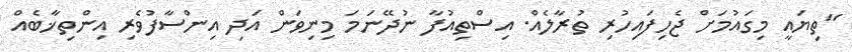
"ތިޔައީ މިގައުމަށް ޖެހިފައިހުރި ތުރާލެއް. އިސްތިއުފާ ނުދޭނަމަ މިނިވަން އަދި އިންސާފުވެރި އިންތިޚާބެއް